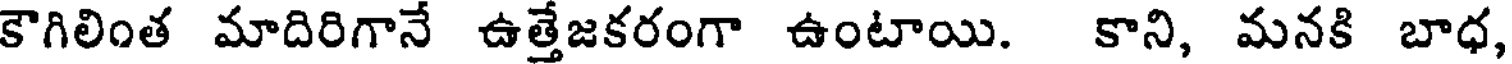
కౌగిలింత మాదిరిగానే ఉత్తేజకరంగా ఉంటాయి. కాని, మనకి బాధ,